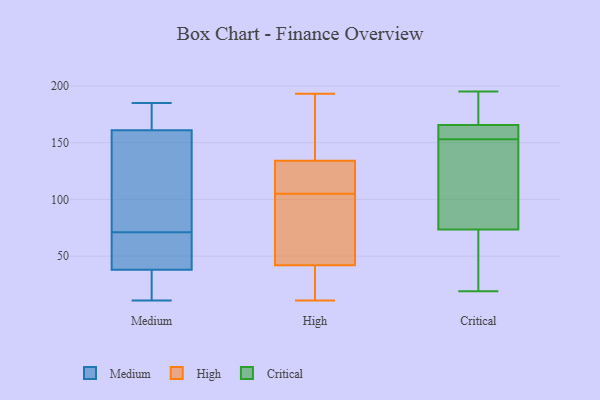
{"axis": {"x": "Churn Rate (%)", "y": "Value"}, "legend": ["Critical", "High", "Medium"], "data": [{"x": "", "y": 11, "type": "Medium"}, {"x": "", "y": 166, "type": "Medium"}, {"x": "", "y": 95, "type": "Medium"}, {"x": "", "y": 38, "type": "Medium"}, {"x": "", "y": 91, "type": "Medium"}, {"x": "", "y": 185, "type": "Medium"}, {"x": "", "y": 51, "type": "Medium"}, {"x": "", "y": 28, "type": "Medium"}, {"x": "", "y": 44, "type": "Medium"}, {"x": "", "y": 161, "type": "Medium"}, {"x": "", "y": 149, "type": "High"}, {"x": "", "y": 96, "type": "High"}, {"x": "", "y": 27, "type": "High"}, {"x": "", "y": 119, "type": "High"}, {"x": "", "y": 31, "type": "High"}, {"x": "", "y": 106, "type": "High"}, {"x": "", "y": 104, "type": "High"}, {"x": "", "y": 11, "type": "High"}, {"x": "", "y": 111, "type": "High"}, {"x": "", "y": 53, "type": "High"}, {"x": "", "y": 182, "type": "High"}, {"x": "", "y": 193, "type": "High"}, {"x": "", "y": 195, "type": "Critical"}, {"x": "", "y": 170, "type": "Critical"}, {"x": "", "y": 27, "type": "Critical"}, {"x": "", "y": 147, "type": "Critical"}, {"x": "", "y": 24, "type": "Critical"}, {"x": "", "y": 184, "type": "Critical"}, {"x": "", "y": 159, "type": "Critical"}, {"x": "", "y": 159, "type": "Critical"}, {"x": "", "y": 19, "type": "Critical"}, {"x": "", "y": 71, "type": "Critical"}, {"x": "", "y": 124, "type": "Critical"}, {"x": "", "y": 184, "type": "Critical"}, {"x": "", "y": 50, "type": "Critical"}, {"x": "", "y": 190, "type": "Critical"}, {"x": "", "y": 159, "type": "Critical"}, {"x": "", "y": 116, "type": "Critical"}, {"x": "", "y": 161, "type": "Critical"}, {"x": "", "y": 76, "type": "Critical"}, {"x": "", "y": 159, "type": "Critical"}, {"x": "", "y": 105, "type": "Critical"}]}